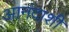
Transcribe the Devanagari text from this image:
आनंदाशी